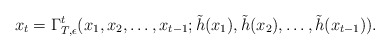
\begin{align*}x_t=\Gamma_{T,\epsilon}^t(x_{1},x_{2},\ldots,x_{t-1}; \tilde{h}(x_{1}),\tilde{h}(x_{2}),\ldots,\tilde{h}(x_{t-1})).\end{align*}